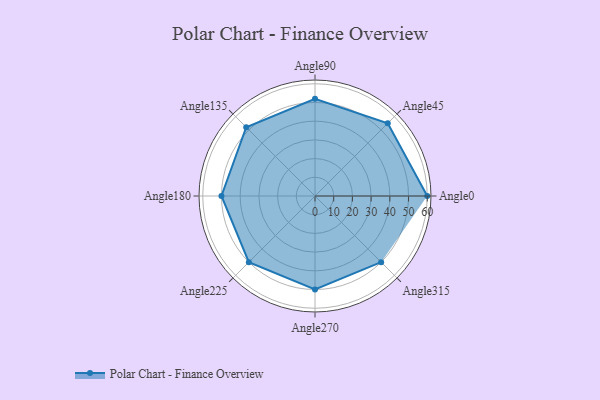
{"axis": {"x": "Angle", "y": "Radius"}, "legend": [""], "data": [{"x": "Angle0", "y": 60.0, "type": ""}, {"x": "Angle45", "y": 55.0, "type": ""}, {"x": "Angle90", "y": 52.0, "type": ""}, {"x": "Angle135", "y": 52.0, "type": ""}, {"x": "Angle180", "y": 50, "type": ""}, {"x": "Angle225", "y": 50, "type": ""}, {"x": "Angle270", "y": 50, "type": ""}, {"x": "Angle315", "y": 50, "type": ""}]}